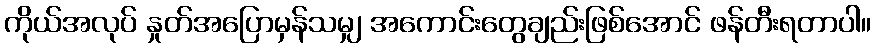
ကိုယ်အလုပ် နှုတ်အပြောမှန်သမျှ အကောင်းတွေချည်းဖြစ်အောင် ဖန်တီးရတာပါ။